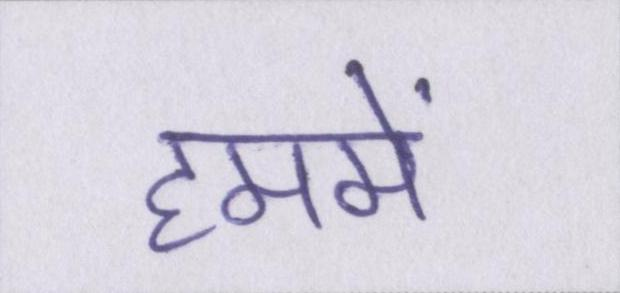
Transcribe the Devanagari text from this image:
हममें